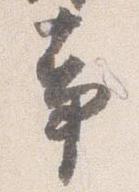
事